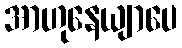
အာဟုနေယျာပေ